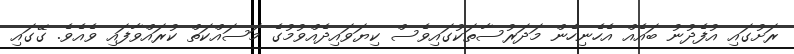
ރަށުގައި އުފެދުނު ބައެއް އެހެނިހެން މަދަރުސާތަކުގައިވެސް ކިޔަވައިދެއްވުމުގެ މަސައްކަތް ކުރައްވާފައި ވެއެވެ. ގޭގައި